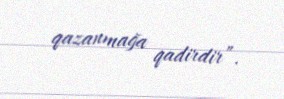
qazanmağa qadirdir”.